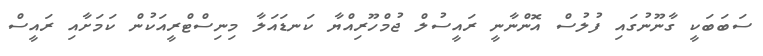
ސަބަބަކީ ގާނޫނުގައި ފުލުސް އޮންނާނީ ރައީސުލް ޖުމްހޫރިއްޔާ ކަނޑައަލާ މިނިސްޓްރީއަކުން ކަމަށާއި ރައީސް